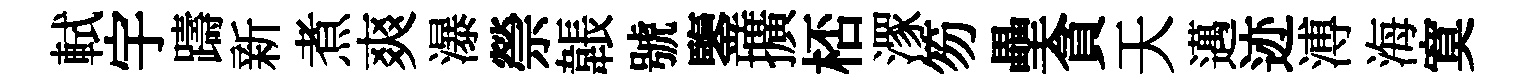
軾宇躊新煮爽瀑禜韔號鑒擴桮潈笏壘貪天邁迹溥海寞